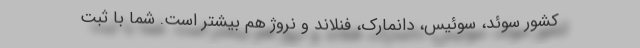
کشور سوئد، سوئیس، دانمارک، فنلاند و نروژ هم بیشتر است. شما با ثبت